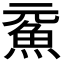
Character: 𩵶